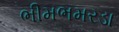
ભીમભમરડા